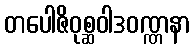
တပေါဇိဝုစ္ဆဝါဒဝဏ္ဏနာ